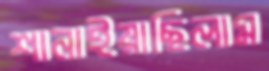
শানাইয়াছিলাম